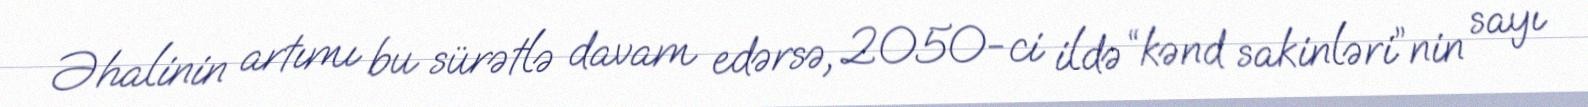
Əhalinin artımı bu sürətlə davam edərsə, 2050-ci ildə “kənd sakinləri”nin sayı